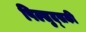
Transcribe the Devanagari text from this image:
पिल्सुद्सकी